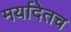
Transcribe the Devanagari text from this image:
मर्यादेतच